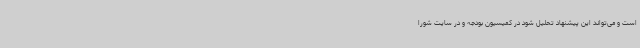
است و می‌تواند این پیشنهاد تحلیل شود در کمیسیون بودجه و در سایت شورا